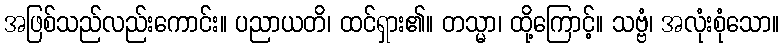
အဖြစ်သည်လည်းကောင်း။ ပညာယတိ၊ ထင်ရှား၏။ တသ္မာ၊ ထို့ကြောင့်။ သဗ္ဗံ၊ အလုံးစုံသော။